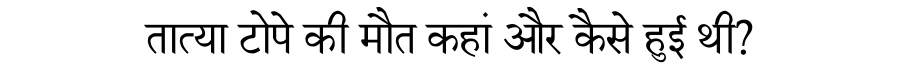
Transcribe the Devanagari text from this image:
तात्या टोपे की मौत कहां और कैसे हुई थी?